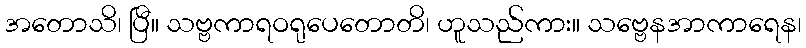
အတောသိ၊ ပြီ။ သဗ္ဗကာရဝရုပေတောတိ၊ ဟူသည်ကား။ သဗ္ဗေနအာကာရေန၊